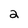
Character: 2